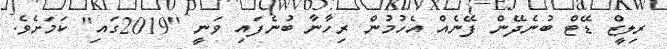
ރިލީޒް ޑޭޓް ބުނެދޭން ފޭނެއް އެހުމުން ރިހާނާ ބުނެފައި ވަނީ "2019ގައި" ކަމަށެވެ.